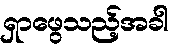
ရှာဖွေသည့်အခါ